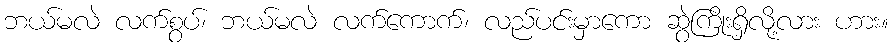
ဘယ်မလဲ လက်စွပ်၊ ဘယ်မလဲ လက်ကောက်၊ လည်ပင်းမှာကော ဆွဲကြိုးရှိလို့လား ဟား။